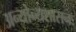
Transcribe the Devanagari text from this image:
अन्योन्यशासनः